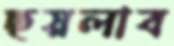
ছয়লাব